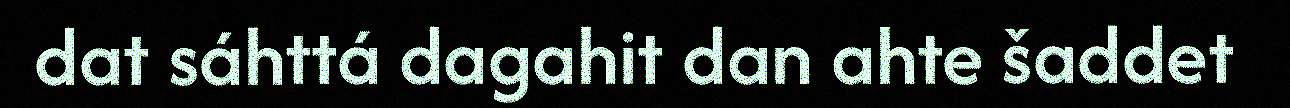
dat sáhttá dagahit dan ahte šaddet